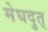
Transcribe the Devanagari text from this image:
मेघदुत्